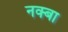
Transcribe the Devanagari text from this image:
नक्बा